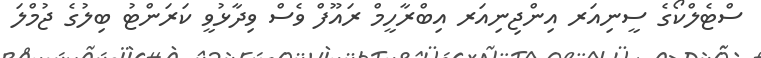
ސްޓެލްކޯގެ ސީނިއަރ އިންޖިނިއަރ އިބްރާހީމް ރައޫފް ވެސް ވިދާޅުވީ ކަރަންޓު ބިލުގެ ޖުމްލަ